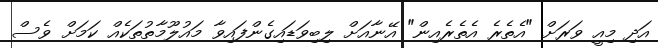
އަދި މިއީ ވަރަށް "އެތެރެ އެތެރެއިން" އޭނާއަށް ލިބިވަޑައިގެންފައިވާ މައުލޫމާތުތަކެއް ކަމަށް ވެސް